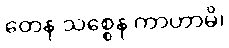
တေန သစ္စေန ကာဟာမိ၊